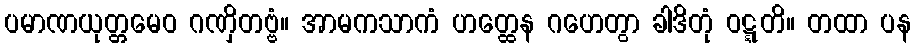
ပမာဏယုတ္တမေဝ ဂဏှိတဗ္ဗံ။ အာမကသာကံ ဟတ္ထေန ဂဟေတွာ ခါဒိတုံ ဝဋ္ဋတိ။ တထာ ပန